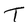
Character: T